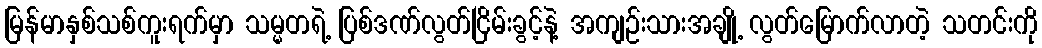
မြန်မာနှစ်သစ်ကူးရက်မှာ သမ္မတရဲ့ ပြစ်ဒဏ်လွတ်ငြိမ်းခွင့်နဲ့ အကျဉ်းသားအချို့ လွတ်မြောက်လာတဲ့ သတင်းကို